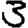
Digit: 3